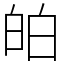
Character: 㿟